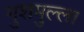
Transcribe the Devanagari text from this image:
गुशमुल्ला